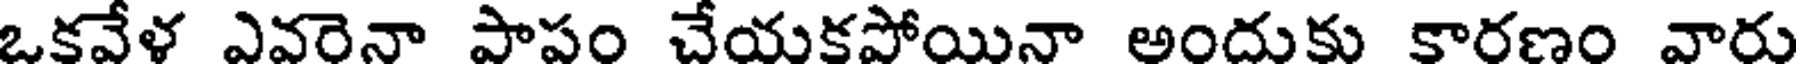
ఒకవేళ ఎవరెనా పాపం చేయకపోయినా అందుకు కారణం వారు